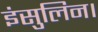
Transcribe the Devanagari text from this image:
इंसुलिन।